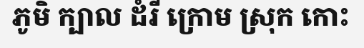
ភូមិ ក្បាល ដំរី ក្រោម ស្រុក កោះ